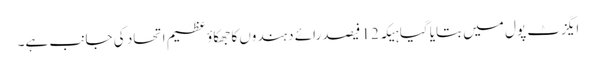
ایگزٹ پول میں بتایا گیا ہیکہ 12 فیصد رائے دہندوں کا جھکاؤ عظیم اتحاد کی جانب ہے۔